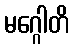
မဂ္ဂေါတိ